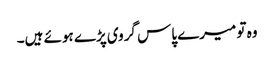
وہ تو میرے پاس گروی پڑے ہوئے ہیں۔